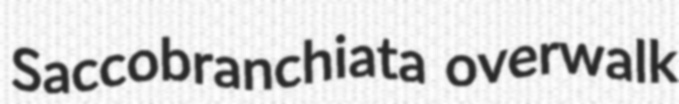
Saccobranchiata overwalk